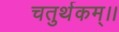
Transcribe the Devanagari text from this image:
चतुर्थकम्।।